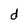
Character: d